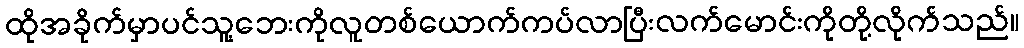
ထိုအခိုက်မှာပင်သူ့ဘေးကိုလူတစ်ယောက်ကပ်လာပြီးလက်မောင်းကိုတို့လိုက်သည်။